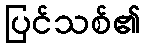
ပြင်သစ်၏